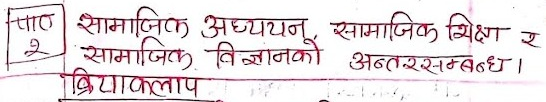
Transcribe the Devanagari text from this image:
पाठ सामाजिक अध्ययन, सामाजिक शिक्षा र २ सामाजिक विज्ञानको अन्तरसम्बन्ध।
क्रियाकलाप